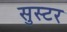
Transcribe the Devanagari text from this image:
सुस्टर